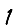
Digit: 1